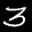
Label: 3